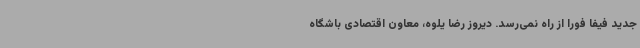
جدید فیفا فورا از راه نمی‌رسد. دیروز رضا یلوه، معاون اقتصادی باشگاه